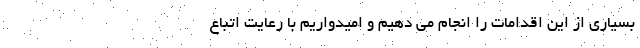
بسیاری از این اقدامات را انجام می دهیم و امیدواریم با رعایت اتباع